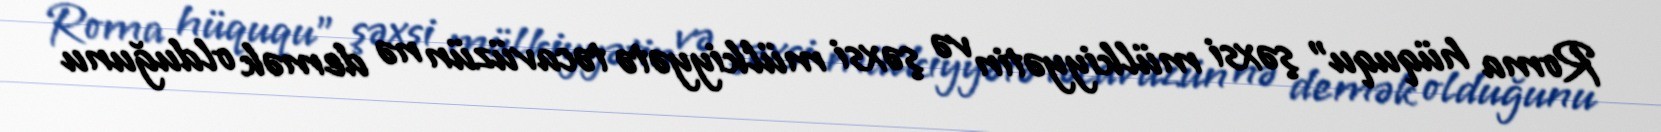
Roma hüququ" şəxsi mülkiyyətin və şəxsi mülkiyyətə təcavüzün nə demək olduğunu